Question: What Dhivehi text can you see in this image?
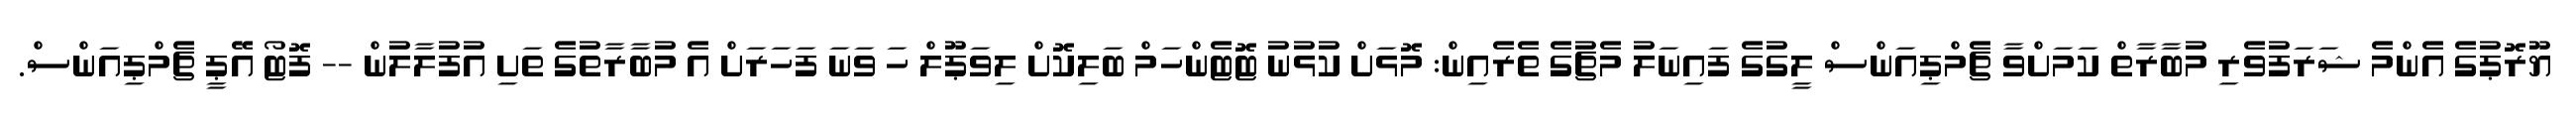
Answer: ޔޫރޮޕުގެ އެންމެ ޝަރަފުވެރި މުބާރާތް ކަމަށްވާ ޗެމްޕިއަންސް ލީގުގެ ފައިނަލު މެޗުގެ ތެރެއިން: މޮޅަށް ކުޅުނު ޓޮޓެންހަމް ބަލިކޮށް ލިވަޕޫލް ހަ ވަނަ ފަހަރަށް އެ މުބާރާތުގެ ތަށި އުފުލާލުން -- ފޮޓޯ އޭޕީ ޗެމްޕިއަންސް.